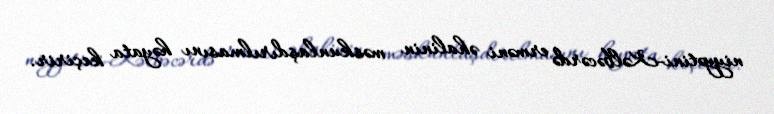
niyyətini-Kəlbəcərdə erməni əhalinin məskunlaşdırılmasını həyata keçirir.